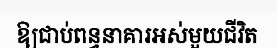
ឱ្យជាប់ពន្ធនាគារអស់មួយជីវិត